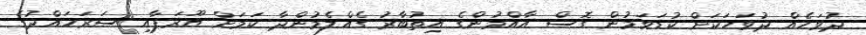
ދުވަހެއް ދުވަހަކަށް ކުޑަވަމުން ގޮސް އާއްމުންގެ އިތުބާރު ގެއްލެމުންދާ ކަމަށް ޔޫރަޕާއި ސަރަހައްދުގެ